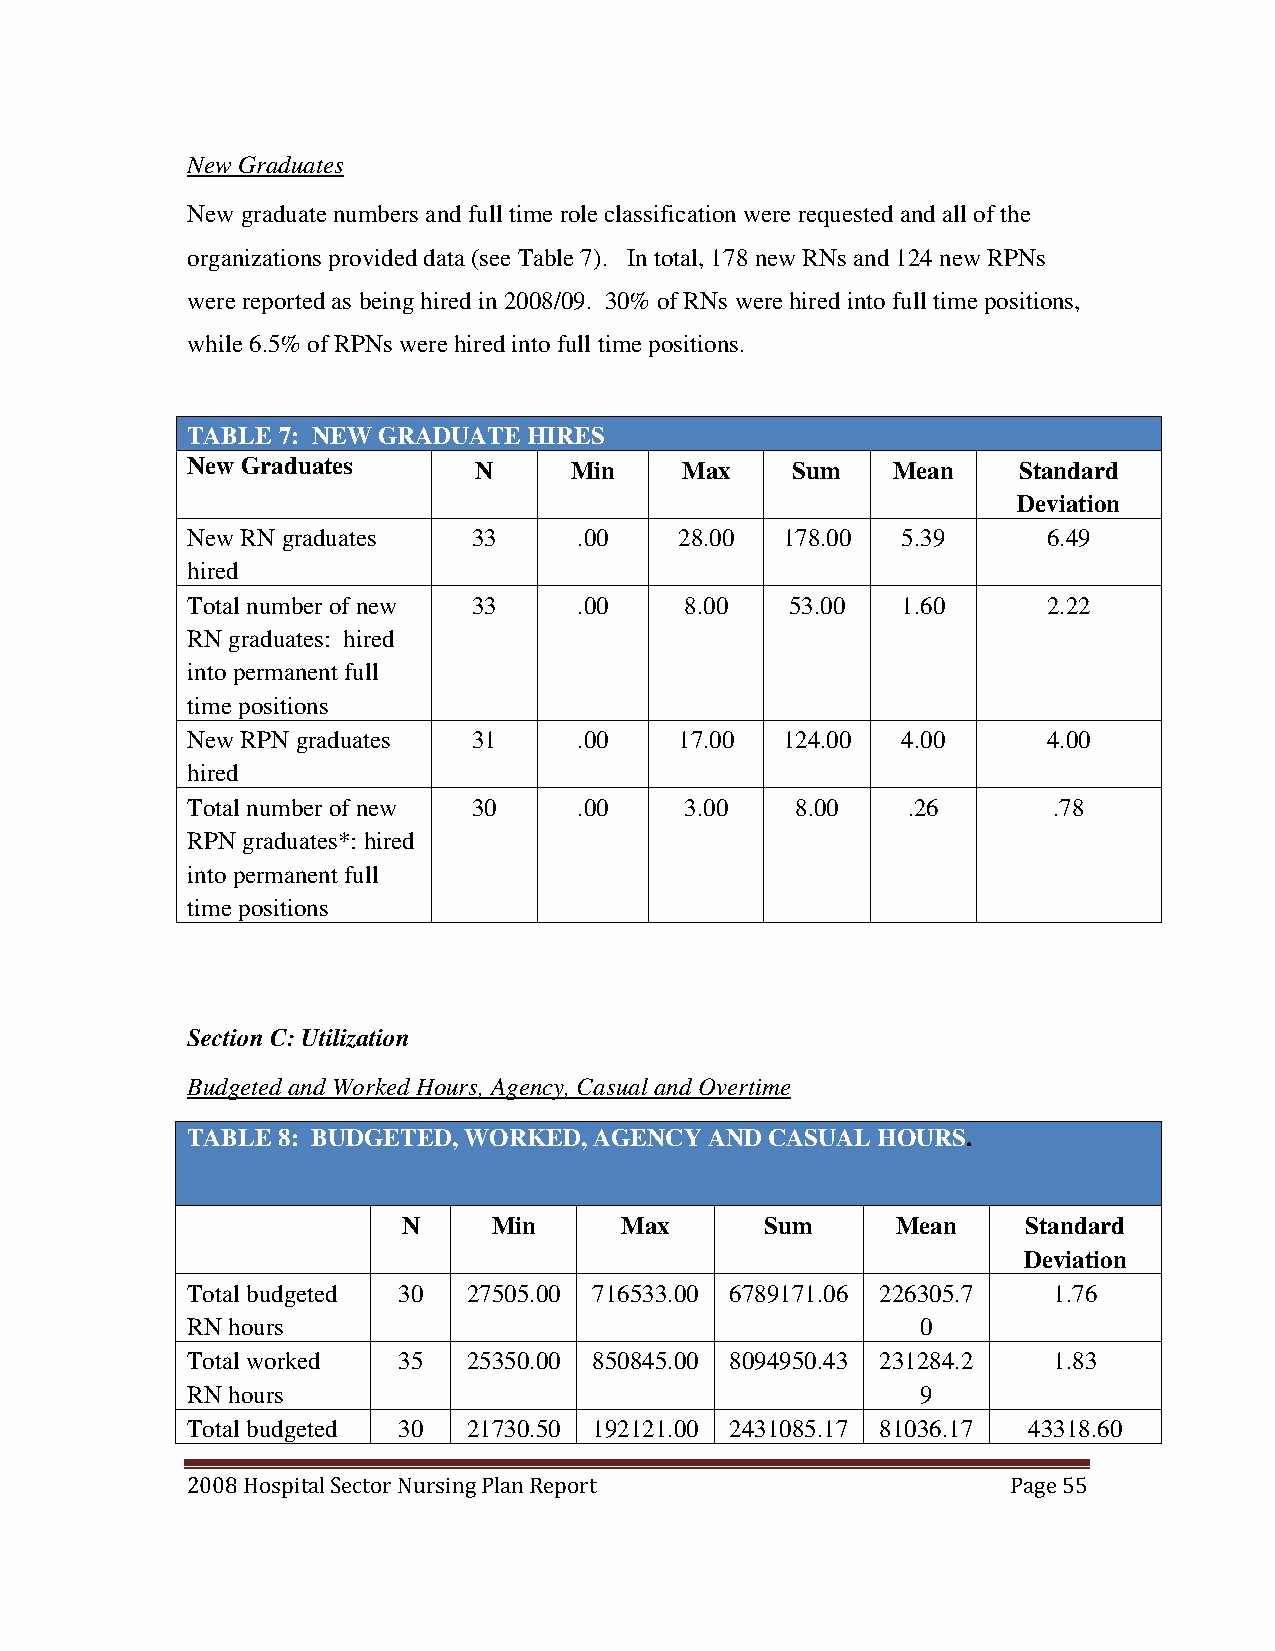
New Graduates
 New graduate numbers and full time role classification were requested and all of the
 organizations provided data (see Table 7). In total, 178 new RNs and 124 new RPNs
 were reported as being hired in 2008/09. 30% of RNs were hired into full time positions,
 while 6.5% of RPNs were hired into full time positions.
 TABLE 7: NEW GRADUATE  HIRES
 New Graduates      N      Min    Max    Sum    Mean    Standard
 Deviation
 New RN graduates   33     .00    28.00  178.00  5.39     6.49
 hired
 Total number of new 33    .00    8.00   53.00   1.60     2.22
 RN graduates: hired
 into permanent full
 time positions
 New RPN graduates  31     .00    17.00  124.00  4.00     4.00
 hired
 Total number of new 30    .00    3.00    8.00   .26       .78
 RPN graduates*: hired
 into permanent full
 time positions
 Section C: Utilization
 Budgeted and Worked Hours, Agency, Casual and Overtime
 TABLE 8: BUDGETED, WORKED, AGENCY  AND CASUAL HOURS.
 N     Min     Max       Sum     Mean     Standard
 Deviation
 Total budgeted 30  27505.00 716533.00 6789171.06 226305.7 1.76
 RN hours                                         0
 Total worked  35   25350.00 850845.00 8094950.43 231284.2 1.83
 RN hours                                         9
 Total budgeted 30  21730.50 192121.00 2431085.17 81036.17 43318.60
 2008 Hospital Sector Nursing Plan Report               Page 55